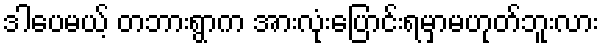
ဒါပေမယ့် တဘားရွာက အားလုံးပြောင်းရမှာမဟုတ်ဘူးလား